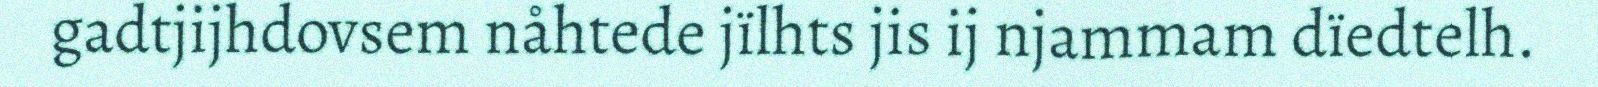
gadtjijhdovsem nåhtede jïlhts jis ij njammam dïedtelh.